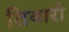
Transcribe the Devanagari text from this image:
तिबारी